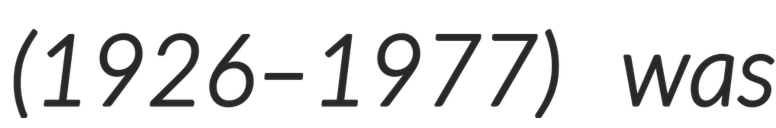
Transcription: (1926–1977) was